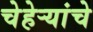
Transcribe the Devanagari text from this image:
चेहेऱ्यांचे